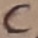
Text: C